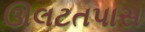
ઊલટતપાસ